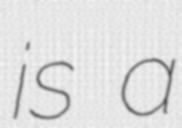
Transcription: is a